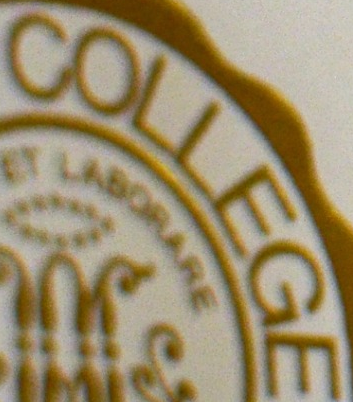
COLLEGE